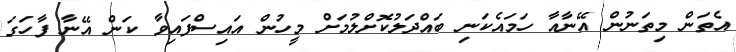
އެތަން މިތަނުން އޭނާއާ ހަމައެކަނި ބައްދަލުކޮށްލުމަށް މީހުން އައިސްފައިވާ ކަން އޭނާ ފާހަގަ